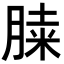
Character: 𦜔